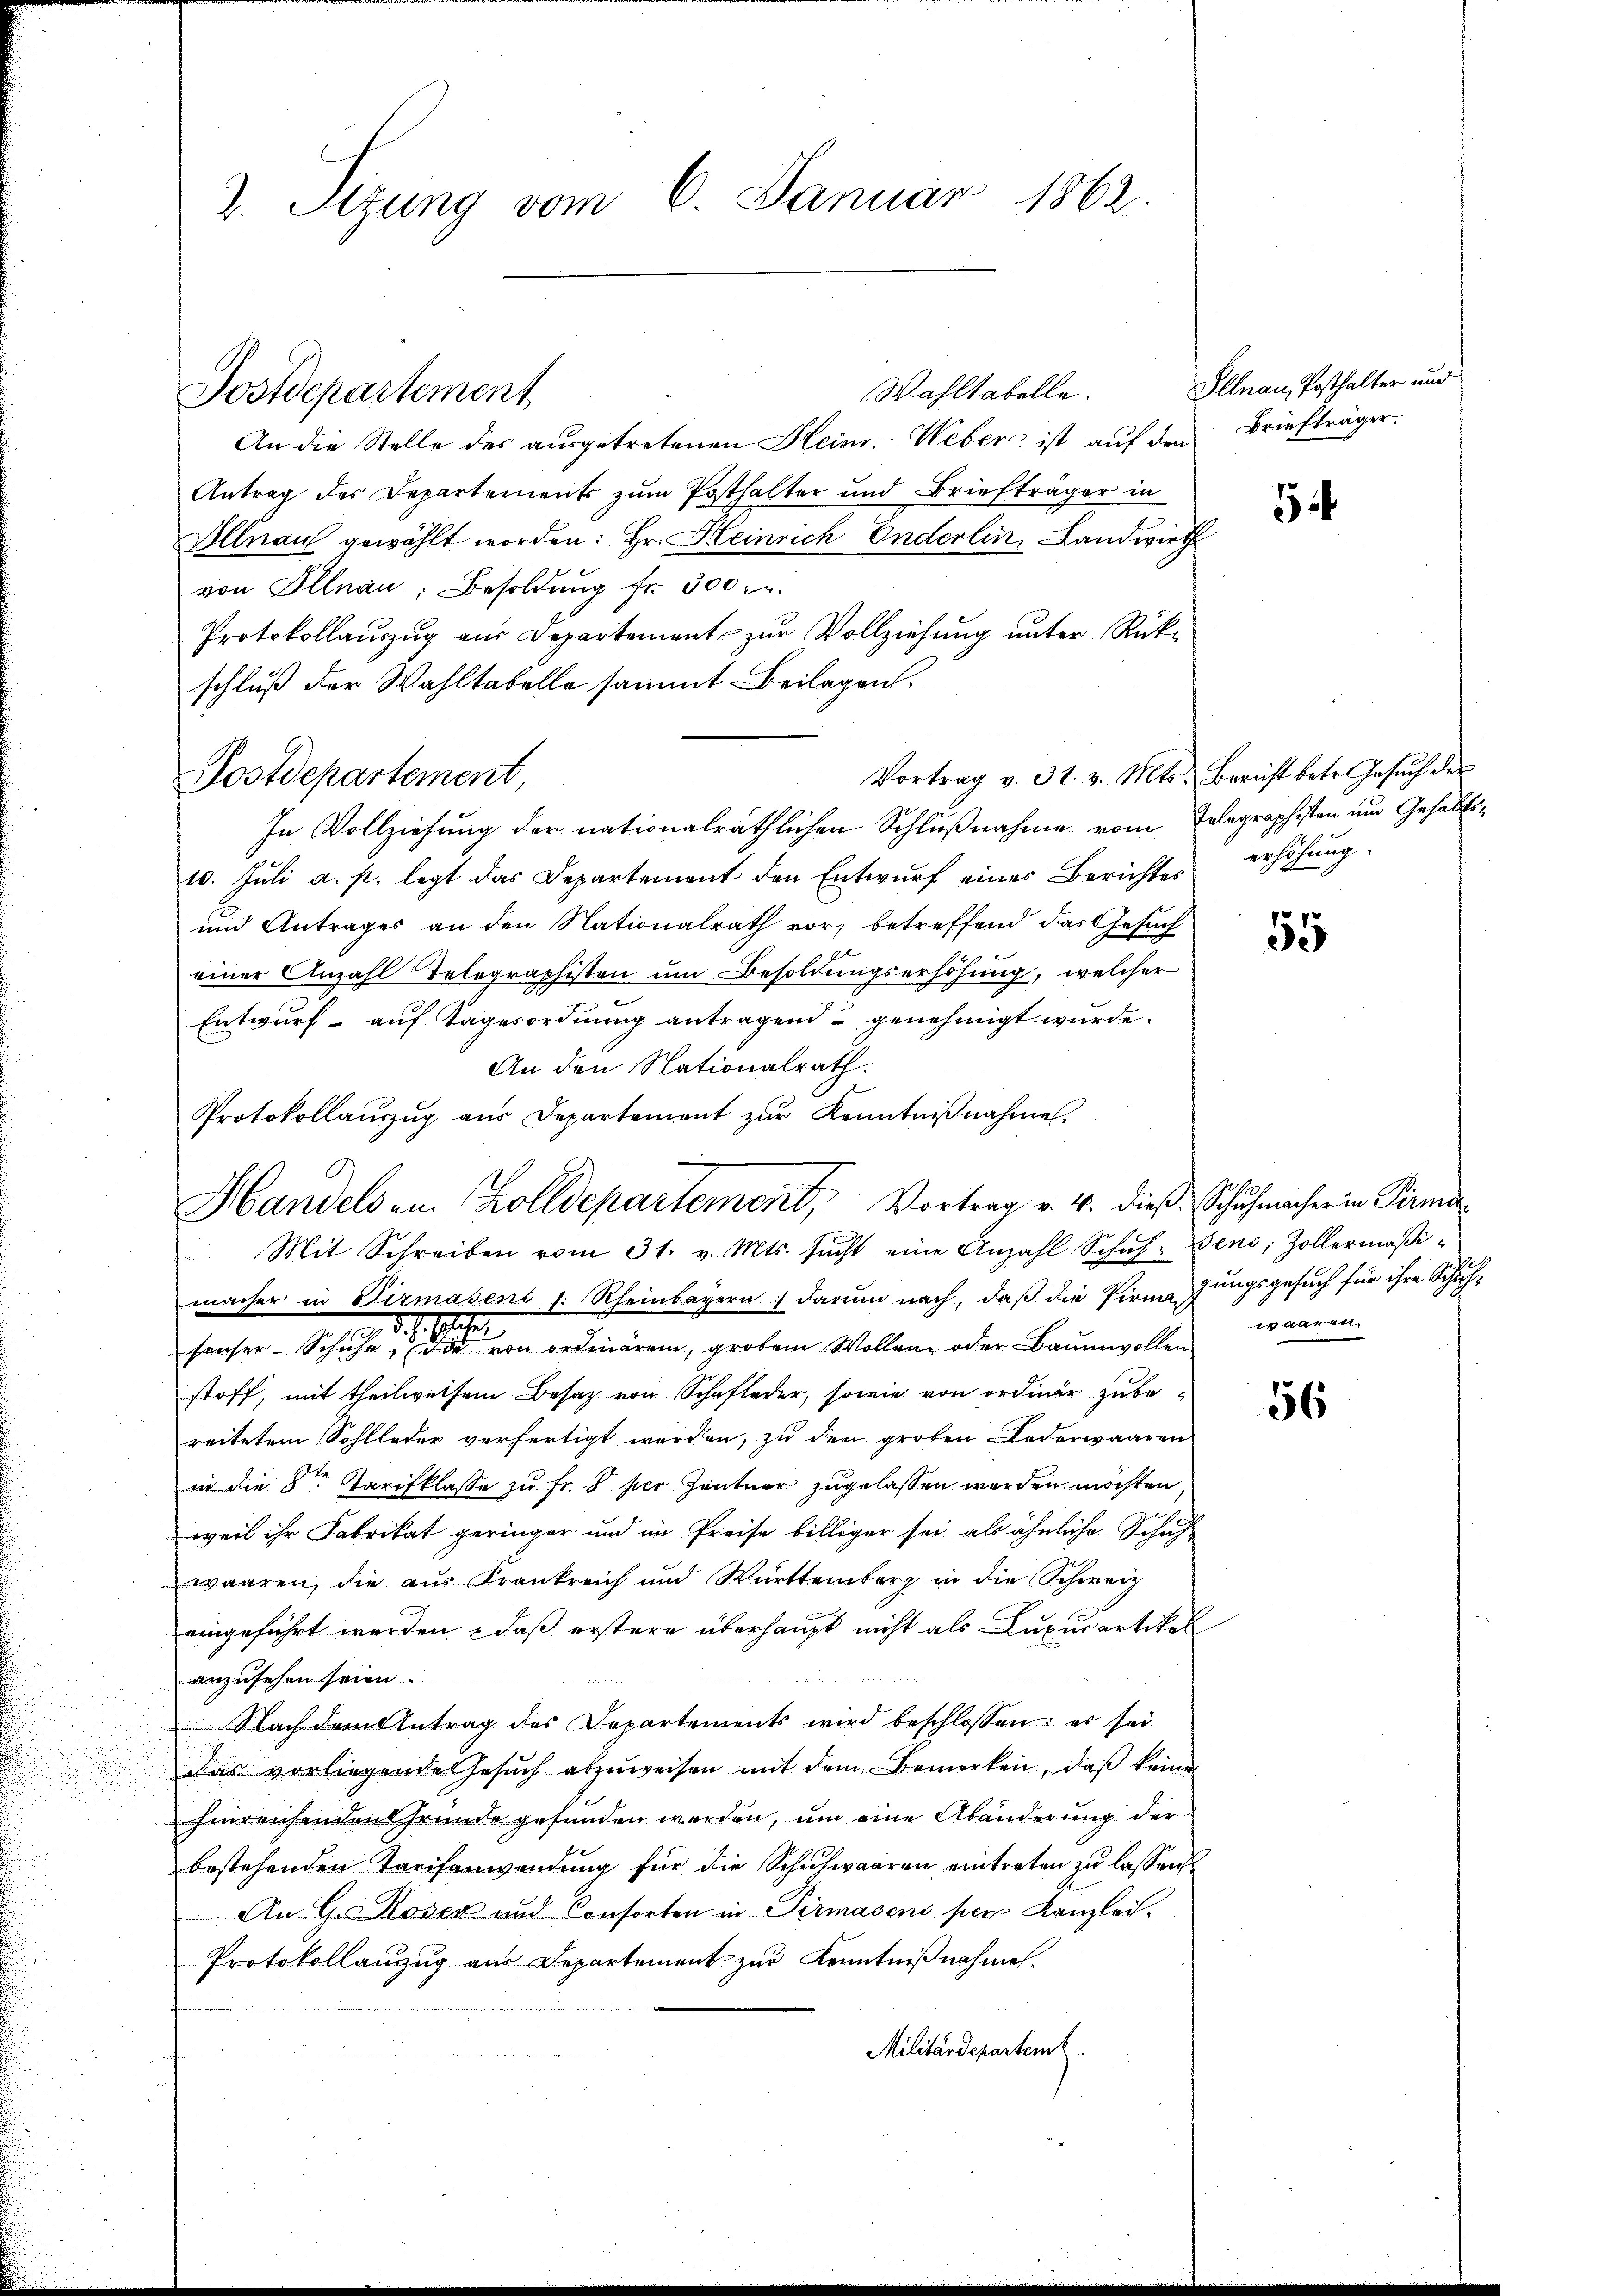
2. Sizung vom 6. Januar 1862.

Wahltabelle.
An die Stelle des aŭsgetretenen Heinr. Weber ist aŭf den Briefträger.
Antrag des Departements zum Posthalter und Briefträger in
Illnau gewählt worden: Hr. Heinrich Enderlin, Landwirth
von Illnau, Besoldŭng fr. 300 r.
Protokollauszug aus Departement zur Vollziehung unter Rükschluß der Wahltabelle sammt Beilagen.
In Vollziehung der nationalräthlichen Schlußnahme vom Telegraphisten und Gehalts¬
10. Jŭli a. p. legt das Departement den Entwŭrf eines Berichtes erhöhung
und Antrages an den Nationalrath vor, betreffend das Gesuch
einer Anzahl Telegraphisten um Besoldungserhöhung, welcher
Entwurf auf Tagesordnung antragend genehmigt wurde.
An den Nationalrath.
Protokollaŭszŭg aŭs Departement zŭr Kenntniβnahme.
Mit Schreiben vom 31. v. Mts. sucht eine Anzahl Schŭl- Zens; Zollermäβi-
macher in Firmasens s. Rheinbayern darum nach, daβ die Pirmegŭngsgesŭch für ihre Schŭl-
2
37
fenser-Schuhe, die von ordiären, großem Wollenz oder Baumwollen
stoff, mit theilweisem Besatz von Schafleder, sowie von ordner zubereitetem Sohlloder verfertigt worden, zu den großen Lederwaaren
in die 8te Tarifklasse zu Fr. 1 per Zentner zugelassen worden möchten,
weil ihr Fabrikat geringer und im Preise billiger sei als ähnliche Schuhwaaren, die aus Krankreich und Württemberg in die Schweiz
eingeführt werden, daß erstere überhaupt nicht als Dupurartikel
anzusehen seien
Nach dem Antrag des Departements wird beschlossen: es sei
dar vorliegende Gesuch abzuweisen mit dem Bemerken, daß keine
hinreichenden Gründe gefunden werden, um eine Abänderung der
bestehenden Tarifanwendŭng für die Schŭlwaaren eintreten zŭ lassen.
An G. Rosen und Consorten in Pirmasens per Kanzlei.
Protokollauszug aus Departement zur Kenntnißnahme.
Militärdepartemb.

Postdepartement

Postdepartement,

Handels in Zolldepartement, Vortrag v. 4. dieß, Schuhmacher in Pirmide

Illnau, Posthalter und

5

Vortrag v. 31. v. Mts. Bericht betr. Gesŭch des

55

waaren.

56